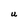
Character: U